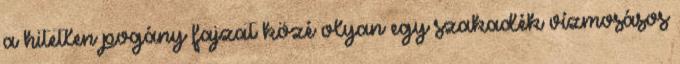
a hitetlen pogány fajzat közé olyan egy szakadék vízmosásos